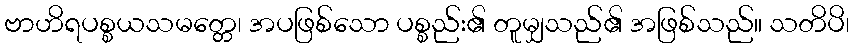
ဗာဟိရပစ္စယသမတ္တေ၊ အပဖြစ်သော ပစ္စည်း၏ တူမျှသည်၏ အဖြစ်သည်။ သတိပိ၊